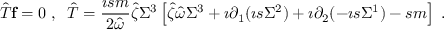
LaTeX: \hat { T } { \bf f } = 0 \; , \; \; \hat { T } = \frac { \imath s m } { 2 \hat { \omega } } \hat { \zeta } \Sigma ^ { 3 } \left[ \hat { \zeta } \hat { \omega } \Sigma ^ { 3 } + \imath \partial _ { 1 } ( \imath s \Sigma ^ { 2 } ) + \imath \partial _ { 2 } ( - \imath s \Sigma ^ { 1 } ) - s m \right] \; .